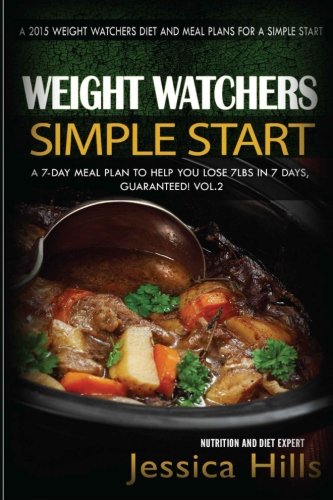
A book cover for Weight Watchers Simple Start Plan: Discover How I lost 7 Pounds in 7 Days Guaranteed! Plus 7 Day Meal Plan to Jumpstart Your weight Loss (Weight Watchers Motivational Plan) (Volume 2); Jessica Hills; Health, Fitness & Dieting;